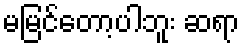
မမြင်တော့ပါဘူး ဆရာ